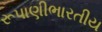
રૂપાણીભારતીય